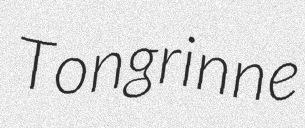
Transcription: Tongrinne